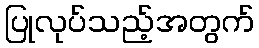
ပြုလုပ်သည့်အတွက်